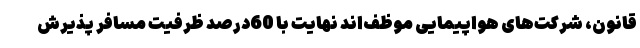
قانون، شرکت‌های هواپیمایی موظف‌اند نهایت با 60درصد ظرفیت مسافر پذیرش